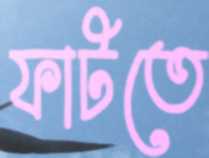
ফাটতে